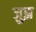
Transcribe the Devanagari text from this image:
जुझ